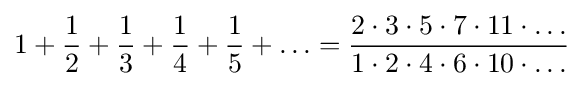
1+{\frac {1}{2}}+{\frac {1}{3}}+{\frac {1}{4}}+{\frac {1}{5}}+\ldots ={\frac {2\cdot 3\cdot 5\cdot 7\cdot 11\cdot \ldots }{1\cdot 2\cdot 4\cdot 6\cdot 10\cdot \ldots }}